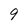
Character: 9